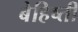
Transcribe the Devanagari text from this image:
बेहिष्ती